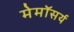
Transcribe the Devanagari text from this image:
मेमॉसर्य